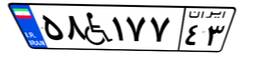
۵۸W۱۷۷۴۳